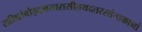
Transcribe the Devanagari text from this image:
सलिलंवोइदमन्तरासीतयदतरस्तंताकानां